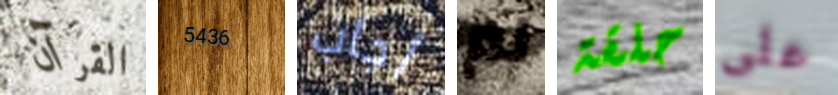
القرآن 5436 أجاب لم حلقة على